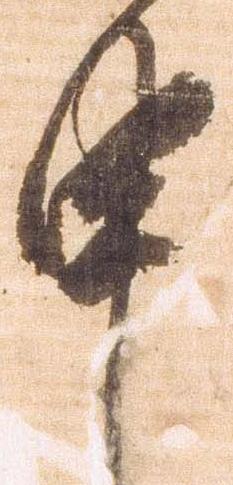
申